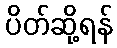
ပိတ်ဆို့ရန်